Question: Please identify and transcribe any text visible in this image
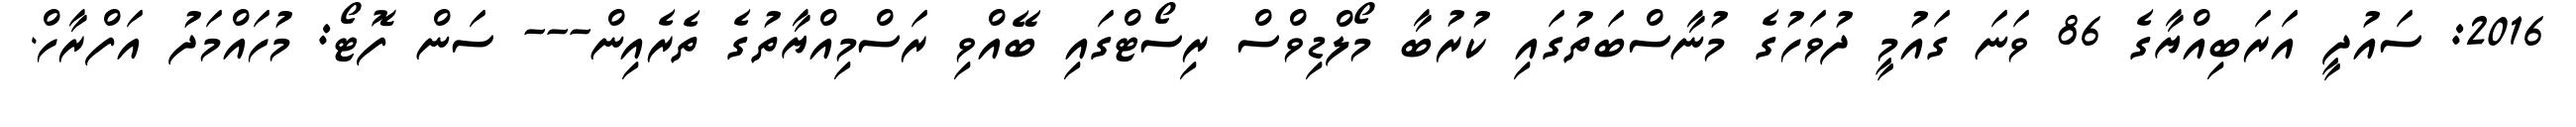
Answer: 2016: ސައުދީ އަރަބިއްޔާގެ 86 ވަނަ ގައުމީ ދުވަހުގެ މުނާސްބަތުގައި ކުރުބާ މޯލްޑިވްސް ރިސޯޓްގައި ބޭއްވި ރަސްމިއްޔާތުގެ ތެރެއިން--- ސަން ފޮޓޯ: މުހައްމަދު އަފްރާހް.